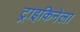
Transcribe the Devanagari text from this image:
ट्राइकिनेला